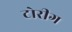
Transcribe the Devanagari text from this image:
टोरीग